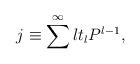
LaTeX: \begin{align*}j \equiv \sum^{\infty}lt_{l}P^{l-1},\end{align*}